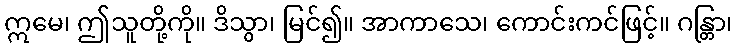
ဣမေ၊ ဤသူတို့ကို။ ဒိသွာ၊ မြင်၍။ အာကာသေ၊ ကောင်းကင်ဖြင့်။ ဂန္တြာ၊